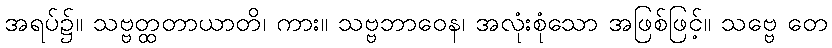
အရပ်၌။ သဗ္ဗတ္ထတာယာတိ၊ ကား။ သဗ္ဗဘာဝေန၊ အလုံးစုံသော အဖြစ်ဖြင့်။ သဗ္ဗေ တေ